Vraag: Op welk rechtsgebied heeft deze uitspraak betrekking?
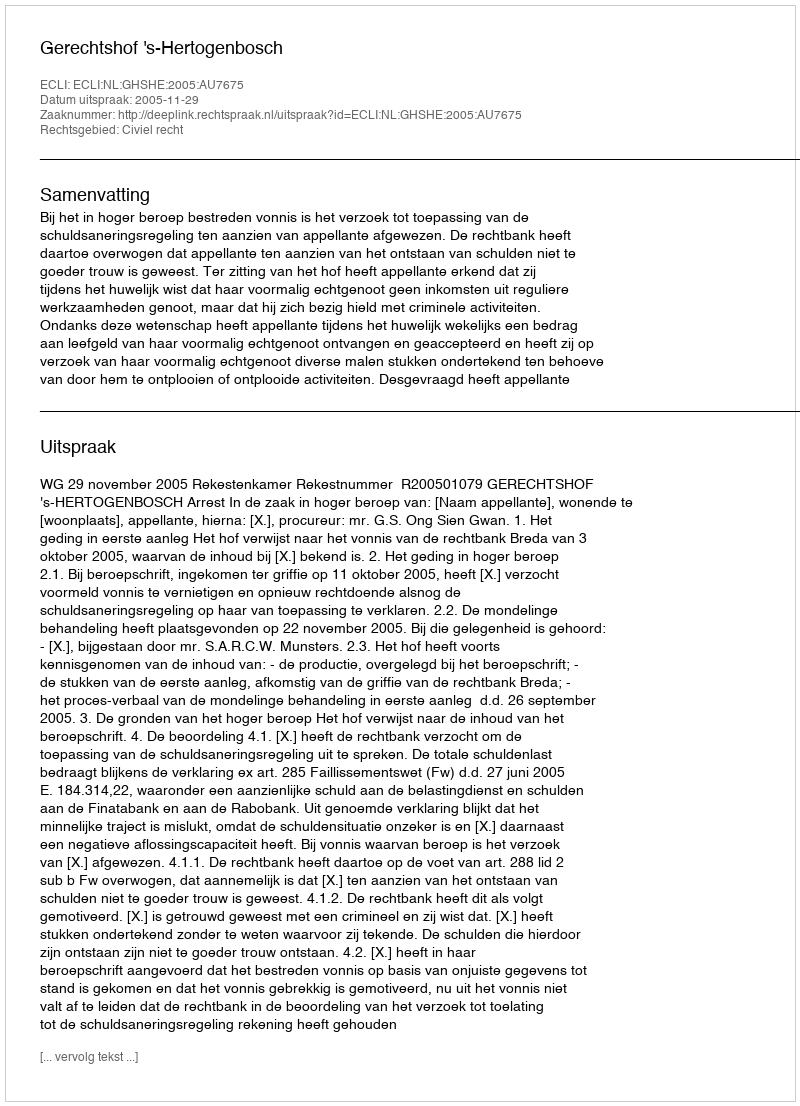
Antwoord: Civiel recht